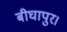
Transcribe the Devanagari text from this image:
बीघापुर।